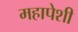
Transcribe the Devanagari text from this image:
महापेशी